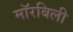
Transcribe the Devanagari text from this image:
मॉरबिली